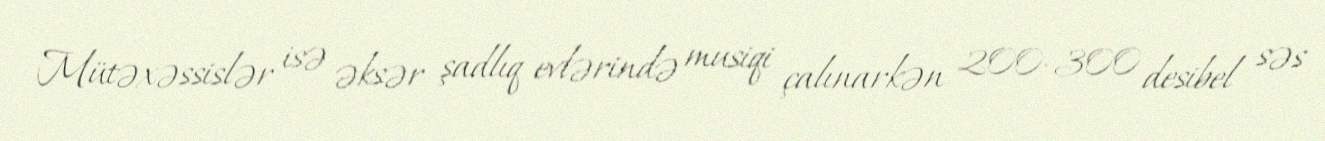
Mütəxəssislər isə əksər şadlıq evlərində musiqi çalınarkən 200-300 desibel səs